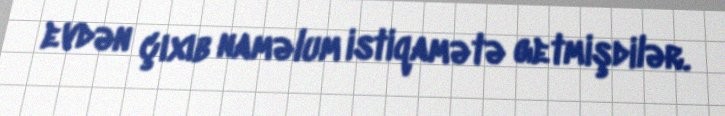
evdən çıxıb naməlum istiqamətə getmişdilər.